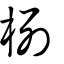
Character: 栵